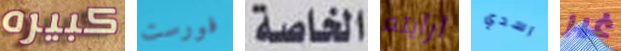
كبيره فورست الخاصة أرأيتم اسدي غير